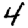
Digit: 4